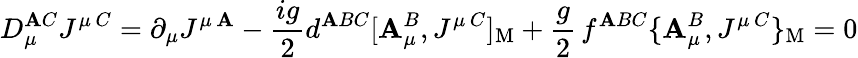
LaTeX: D_{\mu}^{\mathbf{A}C}J^{\mu\, C}=\partial_{\mu}J^{\mu\, \mathbf{A}}-{\frac{{ig}}{{2}}}d^{\mathbf{A}BC}[\mathbf{A}_{\mu}^{B},J^{\mu\, C}]_{\mathrm{{M}}}+{\frac{{g}}{{2}}}\, f^{\mathbf{A}BC}\{ \mathbf{A}_{\mu}^{B},J^{\mu\, C}\} _{\mathrm{{M}}}=0